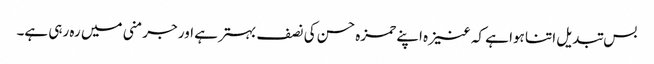
بس تبدیل اتنا ہوا ہے کہ عنیزہ اپنے حمزہ حسن کی نصف بہتر ہے اور جرمنی میں رہ رہی ہے۔